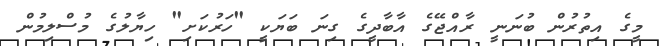
މީގެ އިތުރުން ބުނަނީ ރާއްޖޭގެ އާބާދީގެ ގިނަ ބަޔަކީ "ހަރުކަށި" ހިޔާލުގެ މުސްލިމުން